Lunatic asylums Madras 1892-1911 - 1892-1911
Year: 1892
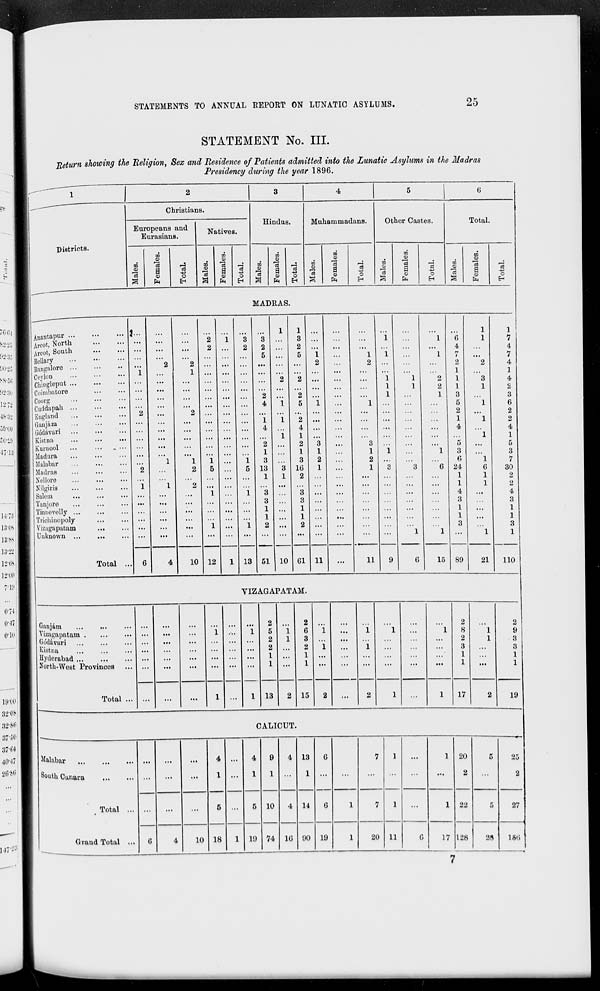
STATEMENTS TO ANNUAL REPORT ON LUNATIC ASYLUMS.
25
STATEMENT No. III.
Return showing the Religion, Sex and Residence of Patients admitted into the Lunatic Asylums in the Madras
Presidency during the year 1896.
3
Districts.
Christiana.
Europeans and
Eurasians.
m
flj
3
m
co
•a
a
o
Natives.
m
CD
fa
c3
O
H
Hindus.
to
CO
fa
O
EH
Muhammadans.
m
CO
3
GO
CO
a
CD
fa
o
EH
Other Castes.
on
CD
CO
CO
"3
a
CO
fa
O
EH
Total.
CO
CO
'a
to
CO
s
CM
MADRAS.
Anantapur ...
Arcot, North
Arcot, South
Bcllavy
Bangalore ...
Ceylon
Chiogleput ...
Coimbatore
Coorg
Cuddapah ...
England
Ganjam
Godavari ...
Kistna
Kurnool
Madura
Malabar
Madras
Nellore
Nilgiria
Salem
Tan j ore
Tinnevelly ..
Triobinopoly
Viziigapatam
Unknown ..
Total ..
10 12
2
4
i
4
2
1
3
13
1
3
3
1
1
2
2
5
2
4
1
2
1
3
16
2
3
3
1
1
13 51 10 Gl 11
3 :::
1
i
2
1
3
11
9
6
4
n
I
2
1
1
1
3
5
2
1
4
3
6
24
1
1
4
3
1
1
3
15 89
21
o
EH
1
7
4
7
4
1
4
2
3
6
2
2
4
1
5
3
7
30
2
2
4
3
1
1
3
1
110
VIZAGAPATAM.
Ganjam
Vizagapatam
Godavari
Kistna
Hyderabad
North-Wost Provinces
Total ...
...
...
i
...
"i
1
2
5
2
2
1
1
13
i
1
2
2
6
3
2
1
1
15
i
i
2
i
1
2
1
1
2
8
2
3
1
1
1
1
2
9
3
3
1
1
...
...
1
...
1
...
1
17
2
19
CALICUT.
Malabar
South Cunara
Total ...
Grand Total ...
G
...
...
4
1
5
...
4
1
5
9
1
10
74
4
4
1G
13
1
14
G
G
...
7
7
1
1
11
...
1 20
2
22
128
5
25
2
...
...
1
G
1
5
27
4
10 18
1 19
90 19
1
20
17
28
15G